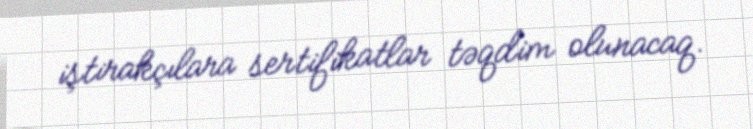
iştirakçılara sertifikatlar təqdim olunacaq.